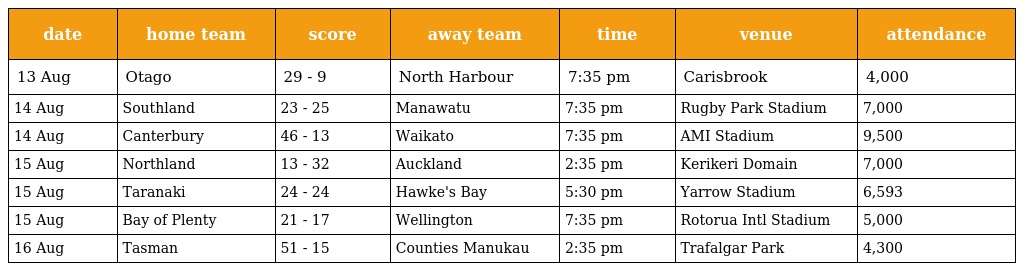
| date | home team | score | away team | time | venue | attendance |
 | --- | --- | --- | --- | --- | --- | --- |
 | 13 Aug | Otago | 29 - 9 | North Harbour | 7:35 pm | Carisbrook | 4,000 |
 | 14 Aug | Southland | 23 - 25 | Manawatu | 7:35 pm | Rugby Park Stadium | 7,000 |
 | 14 Aug | Canterbury | 46 - 13 | Waikato | 7:35 pm | AMI Stadium | 9,500 |
 | 15 Aug | Northland | 13 - 32 | Auckland | 2:35 pm | Kerikeri Domain | 7,000 |
 | 15 Aug | Taranaki | 24 - 24 | Hawke's Bay | 5:30 pm | Yarrow Stadium | 6,593 |
 | 15 Aug | Bay of Plenty | 21 - 17 | Wellington | 7:35 pm | Rotorua Intl Stadium | 5,000 |
 | 16 Aug | Tasman | 51 - 15 | Counties Manukau | 2:35 pm | Trafalgar Park | 4,300 |